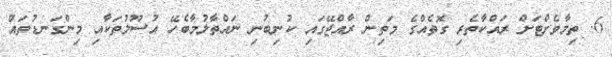
6. ތިމާވެށްޓަށް ރައްކާތެރި ގޮތެއްގެ މަތިން ރާއްޖޭގައި ކުނިބުނި ނައްތާލުމާބެހޭ އުސޫލުތަކާއި މިންގަނޑުތައް